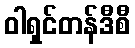
ဝါရှင်တန်ဒီစီ